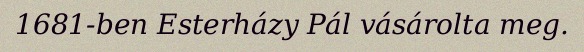
1681-ben Esterházy Pál vásárolta meg.